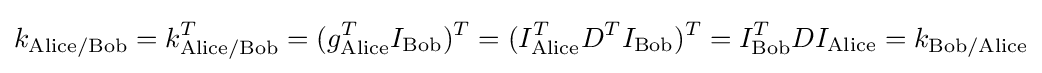
k_{\mathrm {Alice/Bob} }=k_{\mathrm {Alice/Bob} }^{T}=(g_{\mathrm {Alice} }^{T}I_{\mathrm {Bob} })^{T}=(I_{\mathrm {Alice} }^{T}D^{T}I_{\mathrm {Bob} })^{T}=I_{\mathrm {Bob} }^{T}DI_{\mathrm {Alice} }=k_{\mathrm {Bob/Alice} }